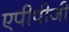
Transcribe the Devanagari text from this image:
एपीपीजी